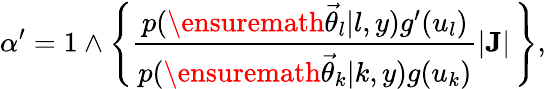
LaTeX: \alpha^{\prime}=1\wedge\left\{ \frac{p(\ensuremath{\vec{\theta}}_{l}|l,y)g^{\prime}(u_{l})}{p(\ensuremath{\vec{\theta}}_{k}|k,y)g(u_{k})}|{\mathbf J}|\, \right\} ,